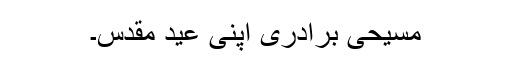
مسیحی برادری اپنی عید مقدس۔